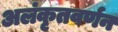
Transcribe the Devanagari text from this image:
अलंकृतवर्णन